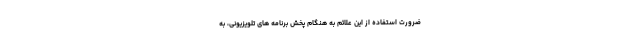
ضرورت استفاده از این علائم به هنگام پخش برنامه های تلویزیونی، به